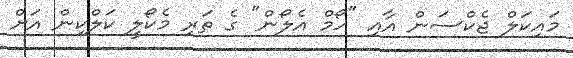
މައިކަލް ޖެކްސަން އާއި "ހޯމް އެލޯން" ގެ ތަރި މެކޯލީ ކަލްކިން އަށް